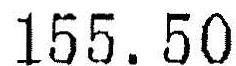
155.50